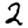
Digit: 2